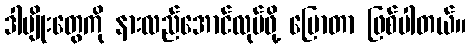
ဒါမျိုးတွေကို နားလည်အောင်လုပ်ဖို့ ပြောတာ ဖြစ်ပါတယ်။